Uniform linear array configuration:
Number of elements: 4
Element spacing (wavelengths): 1
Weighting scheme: exponential
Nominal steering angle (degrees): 0
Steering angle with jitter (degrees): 0.5476
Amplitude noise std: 0.05
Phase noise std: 0.05

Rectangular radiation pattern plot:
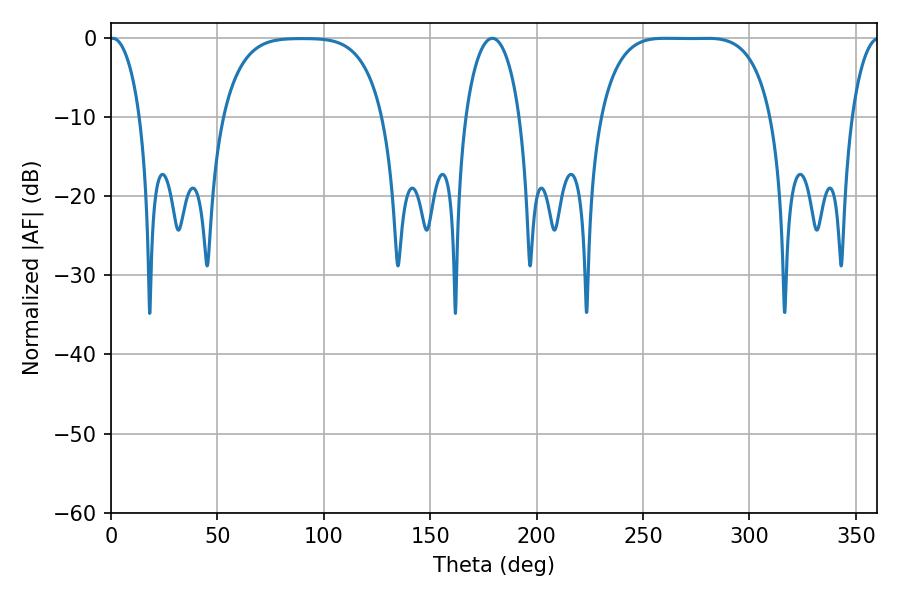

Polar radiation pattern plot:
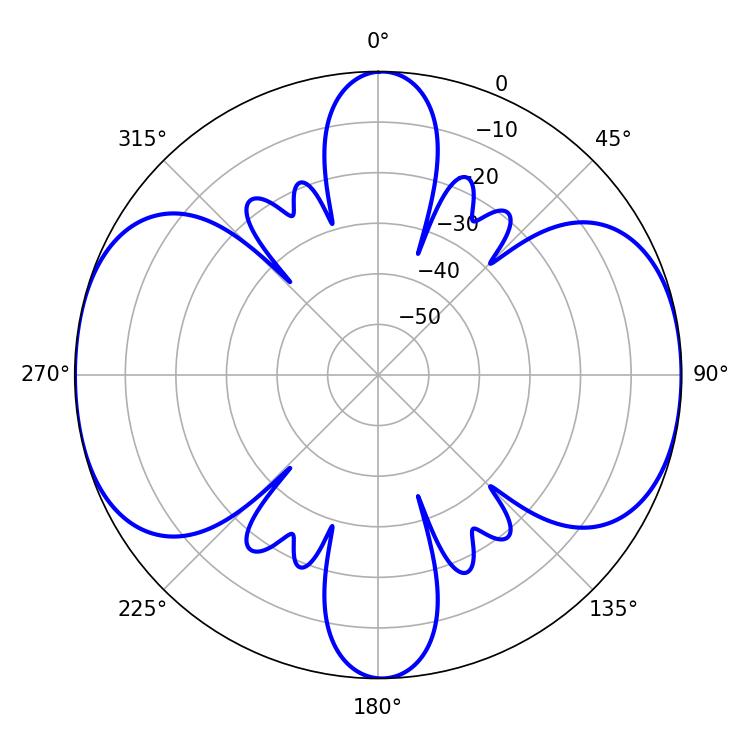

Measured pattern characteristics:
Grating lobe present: TRUE
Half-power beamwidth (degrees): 61.56
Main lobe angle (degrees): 260.28